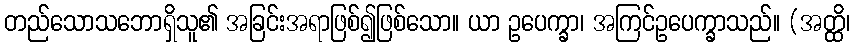
တည်သောသဘောရှိသူ၏ အခြင်းအရာဖြစ်၍ဖြစ်သော။ ယာ ဥပေက္ခာ၊ အကြင်ဥပေက္ခာသည်။ (အတ္ထိ၊